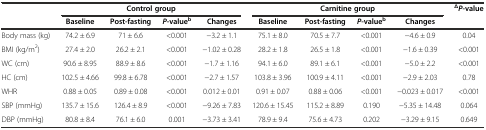
|  | <COLSPAN=4> Control group | <COLSPAN=4> Carnitine group | ΔP-value |
 |  | Baseline | Post-fasting | P-valueb | Changes | Baseline | Post-fasting | P-valueb | Changes |  |
 | --- | --- | --- | --- | --- | --- | --- | --- | --- | --- |
 | Body mass (kg) | 74.2 ± 6.9 | 71 ± 6.6 | <0.001 | -3.2 ± 1.1 | 75.1 ± 8.0 | 70.5 ± 7.7 | <0.001 | -4.6 ± 0.9 | 0.04 |
 | BMI (kg/m2) | 27.4 ± 2.0 | 26.2 ± 2.1 | <0.001 | -1.02 ± 0.28 | 28.2 ± 1.8 | 26.5 ± 1.8 | <0.001 | -1.6 ± 0.39 | <0.001 |
 | WC (cm) | 90.6 ± 8.95 | 88.9 ± 8.6 | <0.001 | -1.7 ± 1.16 | 94.1 ± 6.0 | 89.1 ± 6.1 | <0.001 | -5.0 ± 2.2 | <0.001 |
 | HC (cm) | 102.5 ± 4.66 | 99.8 ± 6.78 | <0.001 | -2.7 ± 1.57 | 103.8 ± 3.96 | 100.9 ± 4.11 | <0.001 | -2.9 ± 2.03 | 0.78 |
 | WHR | 0.88 ± 0.05 | 0.89 ± 0.08 | <0.001 | 0.012 ± 0.01 | 0.91 ± 0.07 | 0.88 ± 0.06 | <0.001 | -0.023 ± 0.017 | <0.001 |
 | SBP (mmHg) | 135.7 ± 15.6 | 126.4 ± 8.9 | <0.001 | -9.26 ± 7.83 | 120.6 ± 15.45 | 115.2 ± 8.89 | 0.190 | -5.35 ± 14.48 | 0.064 |
 | DBP (mmHg) | 80.8 ± 8.4 | 76.1 ± 6.0 | 0.001 | -3.73 ± 3.41 | 78.9 ± 9.4 | 75.6 ± 4.73 | 0.202 | -3.29 ± 9.15 | 0.649 |